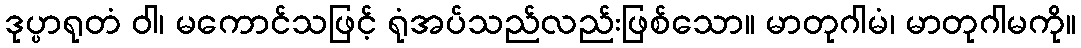
ဒုပ္ပာရုတံ ဝါ၊ မကောင်သဖြင့် ရုံအပ်သည်လည်းဖြစ်သော။ မာတုဂါမံ၊ မာတုဂါမကို။